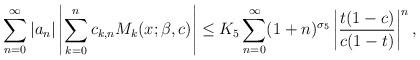
LaTeX: \begin{align*}\sum_{n=0}^\infty |a_n|\left|\sum_{k=0}^n c_{k,n} M_k(x;\beta,c)\right|\le K_5 \sum_{n=0}^\infty (1+n)^{\sigma_5} \left|\frac{t(1-c)}{c(1-t)}\right|^n,\end{align*}